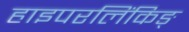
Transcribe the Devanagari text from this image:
हाइपरलिंकिङ्